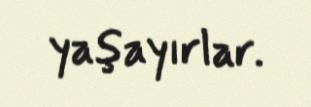
yaşayırlar.